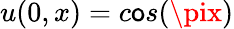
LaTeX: u(0,x)=c\mathsf{o}s(\pix)